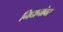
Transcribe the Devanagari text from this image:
निदानांवर